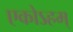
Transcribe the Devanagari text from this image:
एकोऽहम्